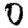
Digit: 0